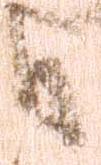
御